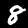
Digit: 8